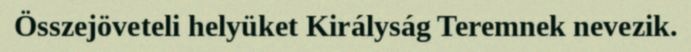
Összejöveteli helyüket Királyság Teremnek nevezik.